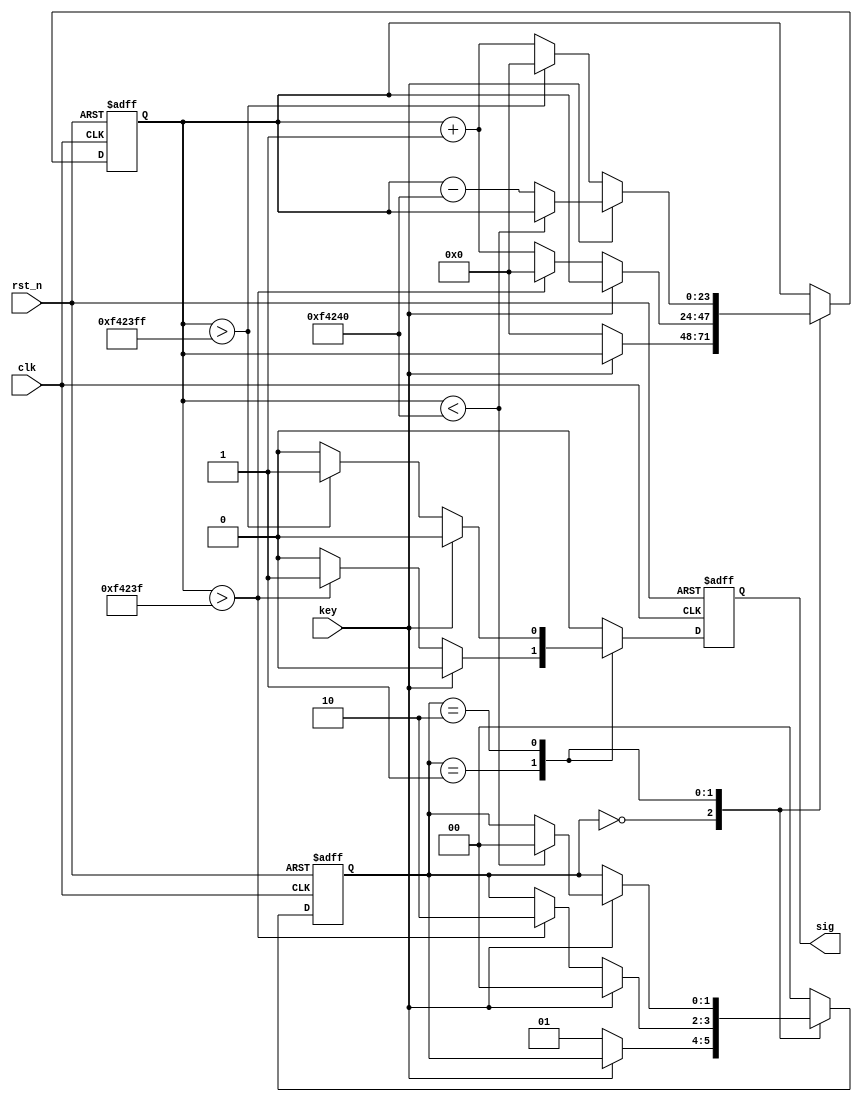


module TipKey(
	clk,
	rst_n,
	key,
	sig
);

parameter KEY_DOWN_VAL  = 1'B0;
parameter KEY_CNT_WIDTH = 24;
parameter SHAKE_FILTER  = 24'D1000000; // 20ms <=> 50MHz
parameter SER_SPEED     = 5'D15;

localparam SER_MUL     = SER_SPEED + 1'B1;
localparam SER_CNT_MAX = SHAKE_FILTER * SER_MUL - 1'B1;
localparam KEY_CNT_MAX = SHAKE_FILTER - 1'B1;

localparam STA_0    = 2'D0;
localparam STA_DOWN = 2'D1;
localparam STA_SER  = 2'D2;

input  clk;
input  rst_n;
input  key;
output sig;

reg                    sig;
reg[1:0]               key_sta;
reg[KEY_CNT_WIDTH-1:0] key_cnt;

always@(posedge clk or negedge rst_n) begin
	if(!rst_n) begin
		key_sta <= STA_0;
		key_cnt <= 1'B0;
		sig     <= 1'B0;
	end else begin
		sig <= 1'B0;
		case (key_sta)
			STA_0: begin
				if(key == KEY_DOWN_VAL) begin
					key_sta <= STA_DOWN;
					key_cnt <= 1'B0;
				end
			end
			
			STA_DOWN: begin
				if(key == KEY_DOWN_VAL) begin
					if(key_cnt > KEY_CNT_MAX) begin
						key_sta <= STA_SER;
						key_cnt <= 1'B0;
						sig     <= 1'B1;
					end else begin
						key_cnt <= key_cnt + 1'B1;
					end
				end else begin
					key_sta <= STA_0;
				end
			end
			
			STA_SER: begin
				if(key == KEY_DOWN_VAL) begin
					if(key_cnt > SER_CNT_MAX) begin
						key_cnt <= 1'B0;
						sig     <= 1'B1;
					end else begin
						key_cnt <= key_cnt + 1'B1;
					end
				end else begin
					if(key_cnt < SHAKE_FILTER) begin
						key_sta <= STA_0;
					end else begin
						key_cnt <= key_cnt - SHAKE_FILTER;
					end
				end
			end
			
			default: key_sta <= STA_0;
		endcase
	end
end

endmodule